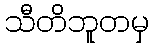
သီတိဘူတမှ